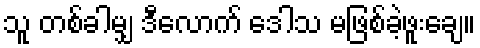
သူ တစ်ခါမျှ ဒီလောက် ဒေါသ မဖြစ်ခဲ့ဖူးချေ။